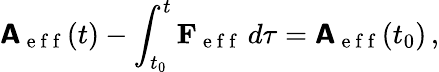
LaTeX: \boldsymbol{\mathsf{A}}_{\mathrm{~e~f~f~}}(t)-\int_{t_{0}}^{t}\mathbf{F}_{\mathrm{~e~f~f~}}\, d\tau=\boldsymbol{\mathsf{A}}_{\mathrm{~e~f~f~}}(t_{0})\, ,